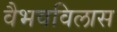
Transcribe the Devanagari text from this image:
वैभवविलास